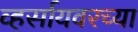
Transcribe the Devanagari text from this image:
व्हर्सायवरच्या